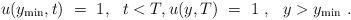
LaTeX: \begin{align*}u(y_{\rm min},t) \ = \ 1, \ \ t<T, u(y,T) \ = \ 1 \ , \ \ y>y_{\rm min} \ .\end{align*}